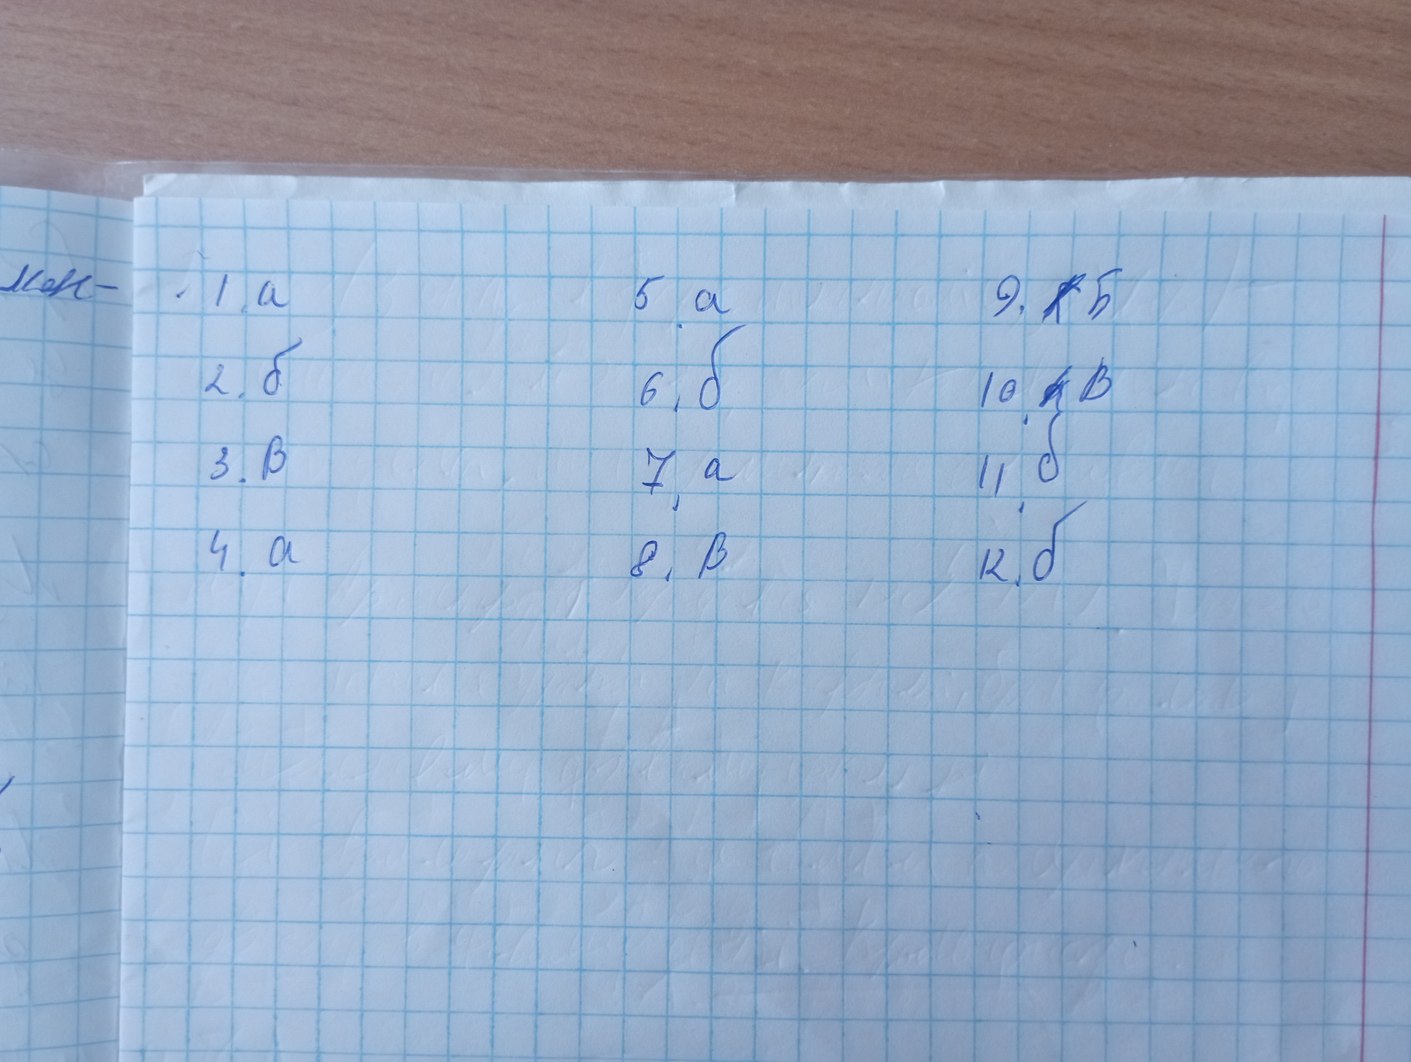
ман-
9. ~~г~~ Б
1. a
5. а
2. б
6. б
10. ~~б~~ В
11. б
3. B
7. a
12. б
4. a
8. B